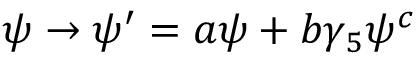
\psi \rightarrow \psi ^ { \prime } = a \psi + b \gamma _ { 5 } \psi ^ { c }